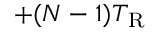
+ ( N - 1 ) T _ { \mathrm { R } }